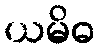
ယမိဓ